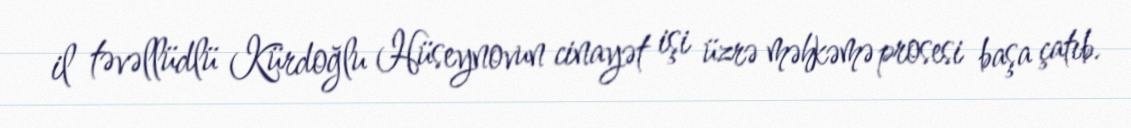
il təvəllüdlü Kürdoğlu Hüseynovun cinayət işi üzrə məhkəmə prosesi başa çatıb.